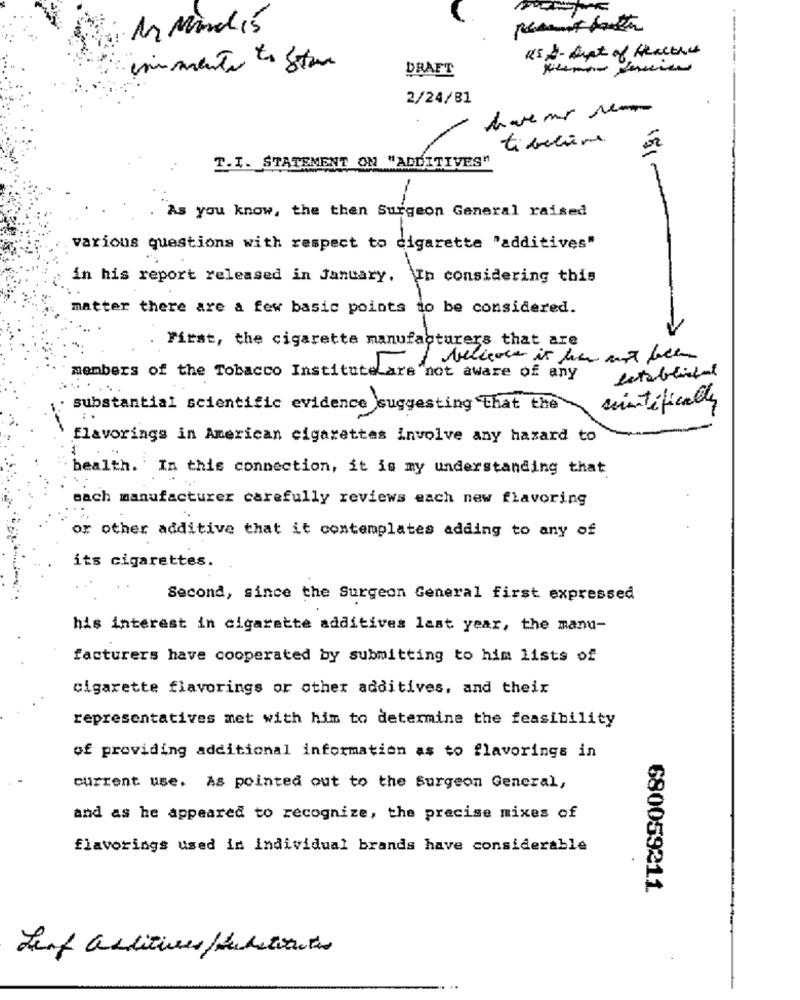
An Mindis
RSS- Art of fractures
inimento to Stun
DRAFT
2/24/81
tibecière
T.I. STATEMENT ON "ADDITIVES"
As you know, the then Surgeon General raised
various questions with respect to cigarette "additives"
in his report released in January. In considering this
matter there are a few basic points to be considered.
First, the cigarette manufacturers that are
members of the Tobacco Institute are not aware of any
scintificals
substantial scientific evidence suggesting that the
flavorings in American cigarettes involve any hazard to
$
health. In this connection, it is my understanding that
each manufacturer carefully reviews each new flavoring
or other additive that it contemplates adding to any of
its cigarettes.
Second, since the Surgeon General first expressed
his interest in cigarette additives last year, the manu-
facturers have cooperated by submitting to him lists of
cigarette flavorings or other additives, and their
representatives met with him to determine the feasibility
of providing additional information as to flavorings in
current use. As pointed out to the Surgeon General,
and as he appeared to recognize, the precise mixes of
flavorings used in individual brands have considerable
680059211
Leif additives /tehetiantes